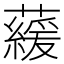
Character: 藧